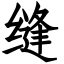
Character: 缝